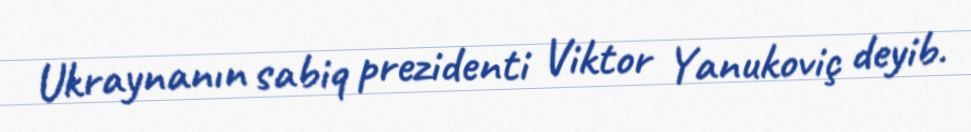
Ukraynanın sabiq prezidenti Viktor Yanukoviç deyib.